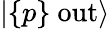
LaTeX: |\{ p\} \ \mathrm{out}\rangle